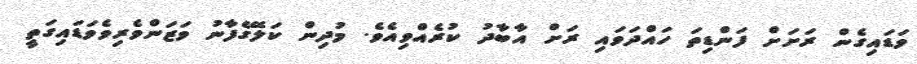
ވަޑައިގެން ރަށަށް ފަންޑިތަ ހައްދަވައި ރަށް އާބާދު ކުރެއްވިއެވެ. މުދިން ކަލޭގެފާނު ވަޒަންވެރިވެވަޑައިގަތީ